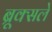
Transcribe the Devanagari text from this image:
ब्रूक्सले